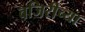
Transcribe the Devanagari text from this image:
वजिरीच्या